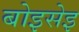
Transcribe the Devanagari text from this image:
बोइसेइ